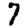
Digit: 7